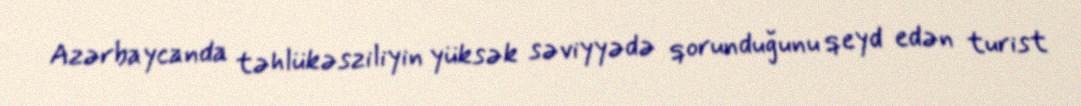
Azərbaycanda təhlükəsziliyin yüksək səviyyədə qorunduğunu qeyd edən turist